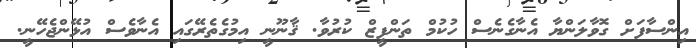
އިންސާފަށް ގޮވާލަންޔާ އެނާގެނެސް ހުކުމް ތަންފީޒް ކުރުވާ. ޤާނޫނީ އިމުގެތެރޭގައި އެނާވެސް އުޅޭންޖެހޭނީ.